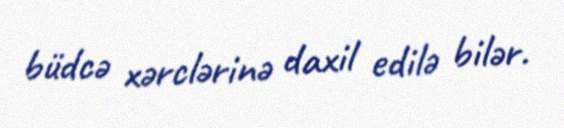
büdcə xərclərinə daxil edilə bilər.